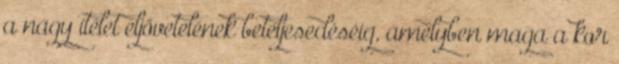
a nagy ítélet eljövetelének beteljesedéséig, amelyben maga a kor